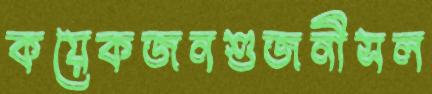
কয়েকজনশুজনীসল